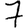
Digit: 7